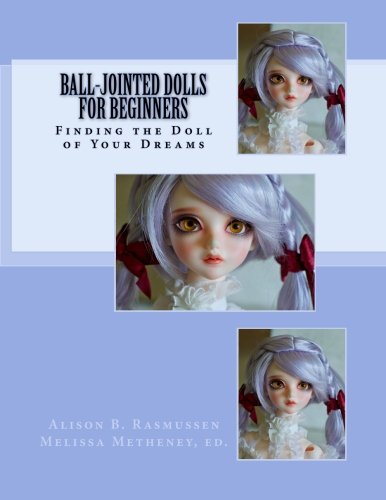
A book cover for Ball-Jointed Dolls for Beginners: Finding the Doll of Your Dreams; Alison Boyd Rasmussen; Crafts, Hobbies & Home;